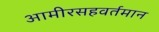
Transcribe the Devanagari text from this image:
आमीरसहवर्तमान